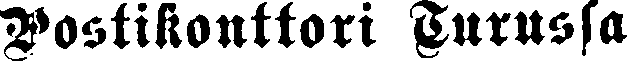
Postikonttori Turussa